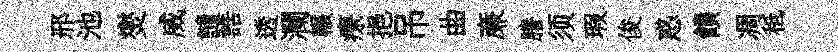
邢池爕威譴誥透瀾輾療挹吊曲亷謄须瑕俊惑饋凋秪